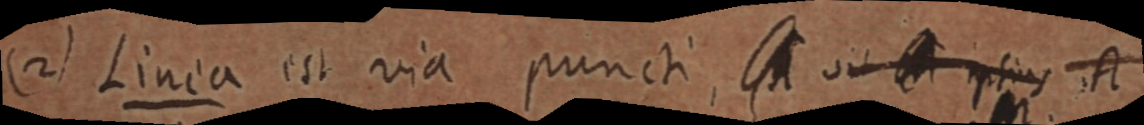
(2) Linea est via puncti, _ sit _ ipsius A